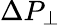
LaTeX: \Delta P_{\perp}